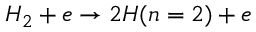
H _ { 2 } + e \rightarrow 2 H ( n = 2 ) + e